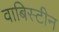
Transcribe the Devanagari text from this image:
वाबिस्टीन